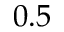
0 . 5